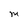
Character: M